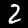
Digit: 2